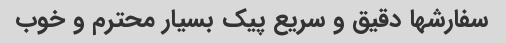
سفارشها دقیق و سریع پیک بسیار محترم و خوب